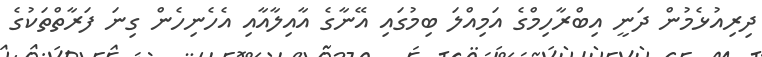
ދިރިއުޅެމުން ދަނީ އިބްރާހިމްގެ އަމިއްލަ ބިމުގައި އޭނާގެ އާއިލާއާއި އެހެނިހެން ގިނަ ފަރާތްތަކުގެ